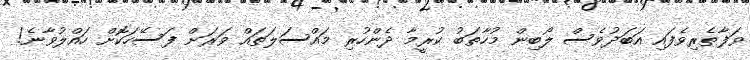
ވަފާތެރިވެފައި އަބަދުވެސް ލޯބިން މުހާތަބު ކުރީމާ ދެންހުރި މައްސަލަތައް ވަރަށް ފަސޭހަކޮށް ހައްލުވާނެ!